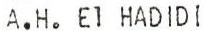
A.H.El HADIDI